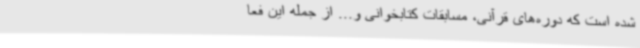
شده است که دوره‌های قرآنی، مسابقات کتابخوانی و... از جمله این فعا